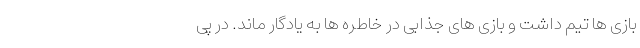
بازی ها تیم داشت و بازی های جذابی در خاطره ها به یادگار ماند. در پی